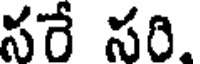
సరే సరి.